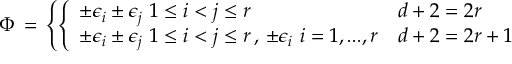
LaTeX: \Phi \, = \, \left\{ \left\{ \begin{array} { l l } { { \pm \epsilon _ { i } \pm \epsilon _ { j } \, \, 1 \le i < j \le r } } & { { d + 2 = 2 r } } \\ { { \pm \epsilon _ { i } \pm \epsilon _ { j } \, \, 1 \le i < j \le r \, , \, \pm \epsilon _ { i } \, \, i = 1 , . . . , r } } & { { d + 2 = 2 r + 1 } } \end{array} \right. \right.